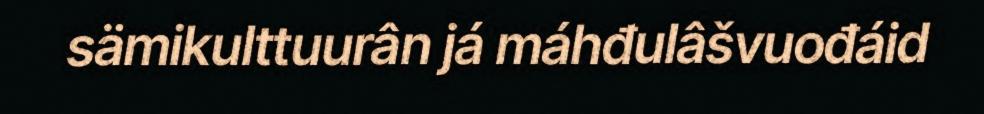
sämikulttuurân já máhđulâšvuođáid